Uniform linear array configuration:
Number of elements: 32
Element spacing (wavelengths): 0.5
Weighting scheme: uniform
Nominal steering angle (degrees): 60
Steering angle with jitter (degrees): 60.039
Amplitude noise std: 0.05
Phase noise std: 0.05

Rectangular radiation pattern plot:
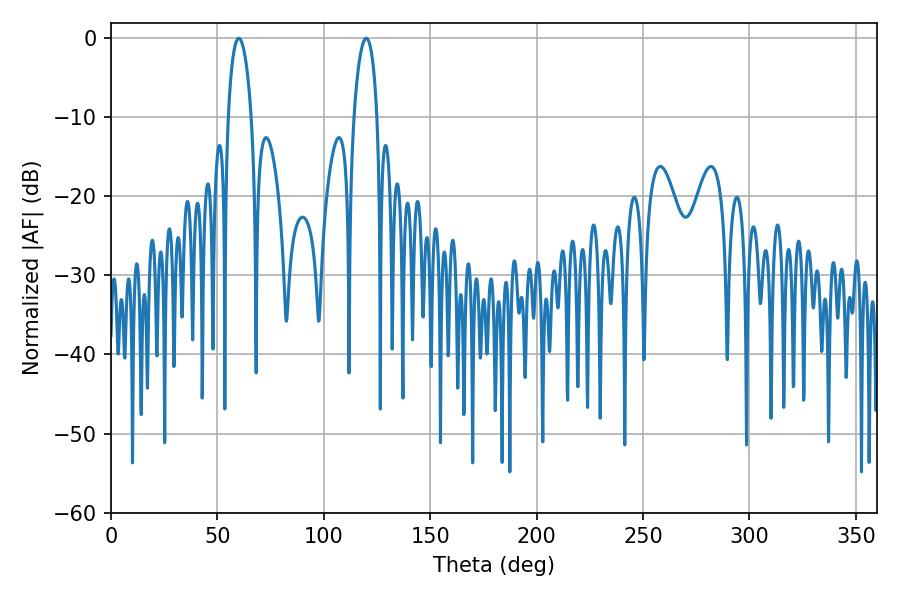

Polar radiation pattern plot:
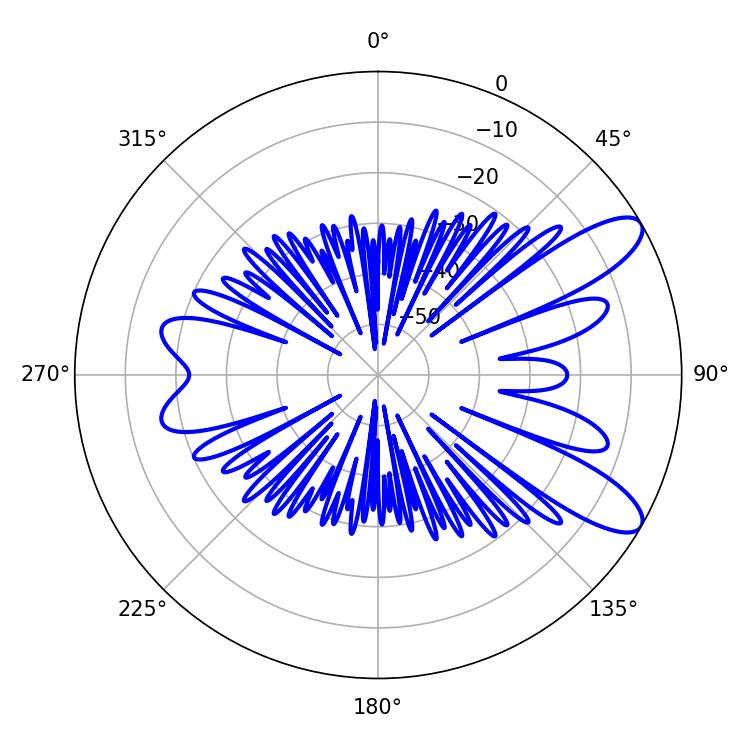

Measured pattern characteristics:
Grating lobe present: FALSE
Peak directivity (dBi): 9.905
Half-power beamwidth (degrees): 6.3
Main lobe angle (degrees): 60.12